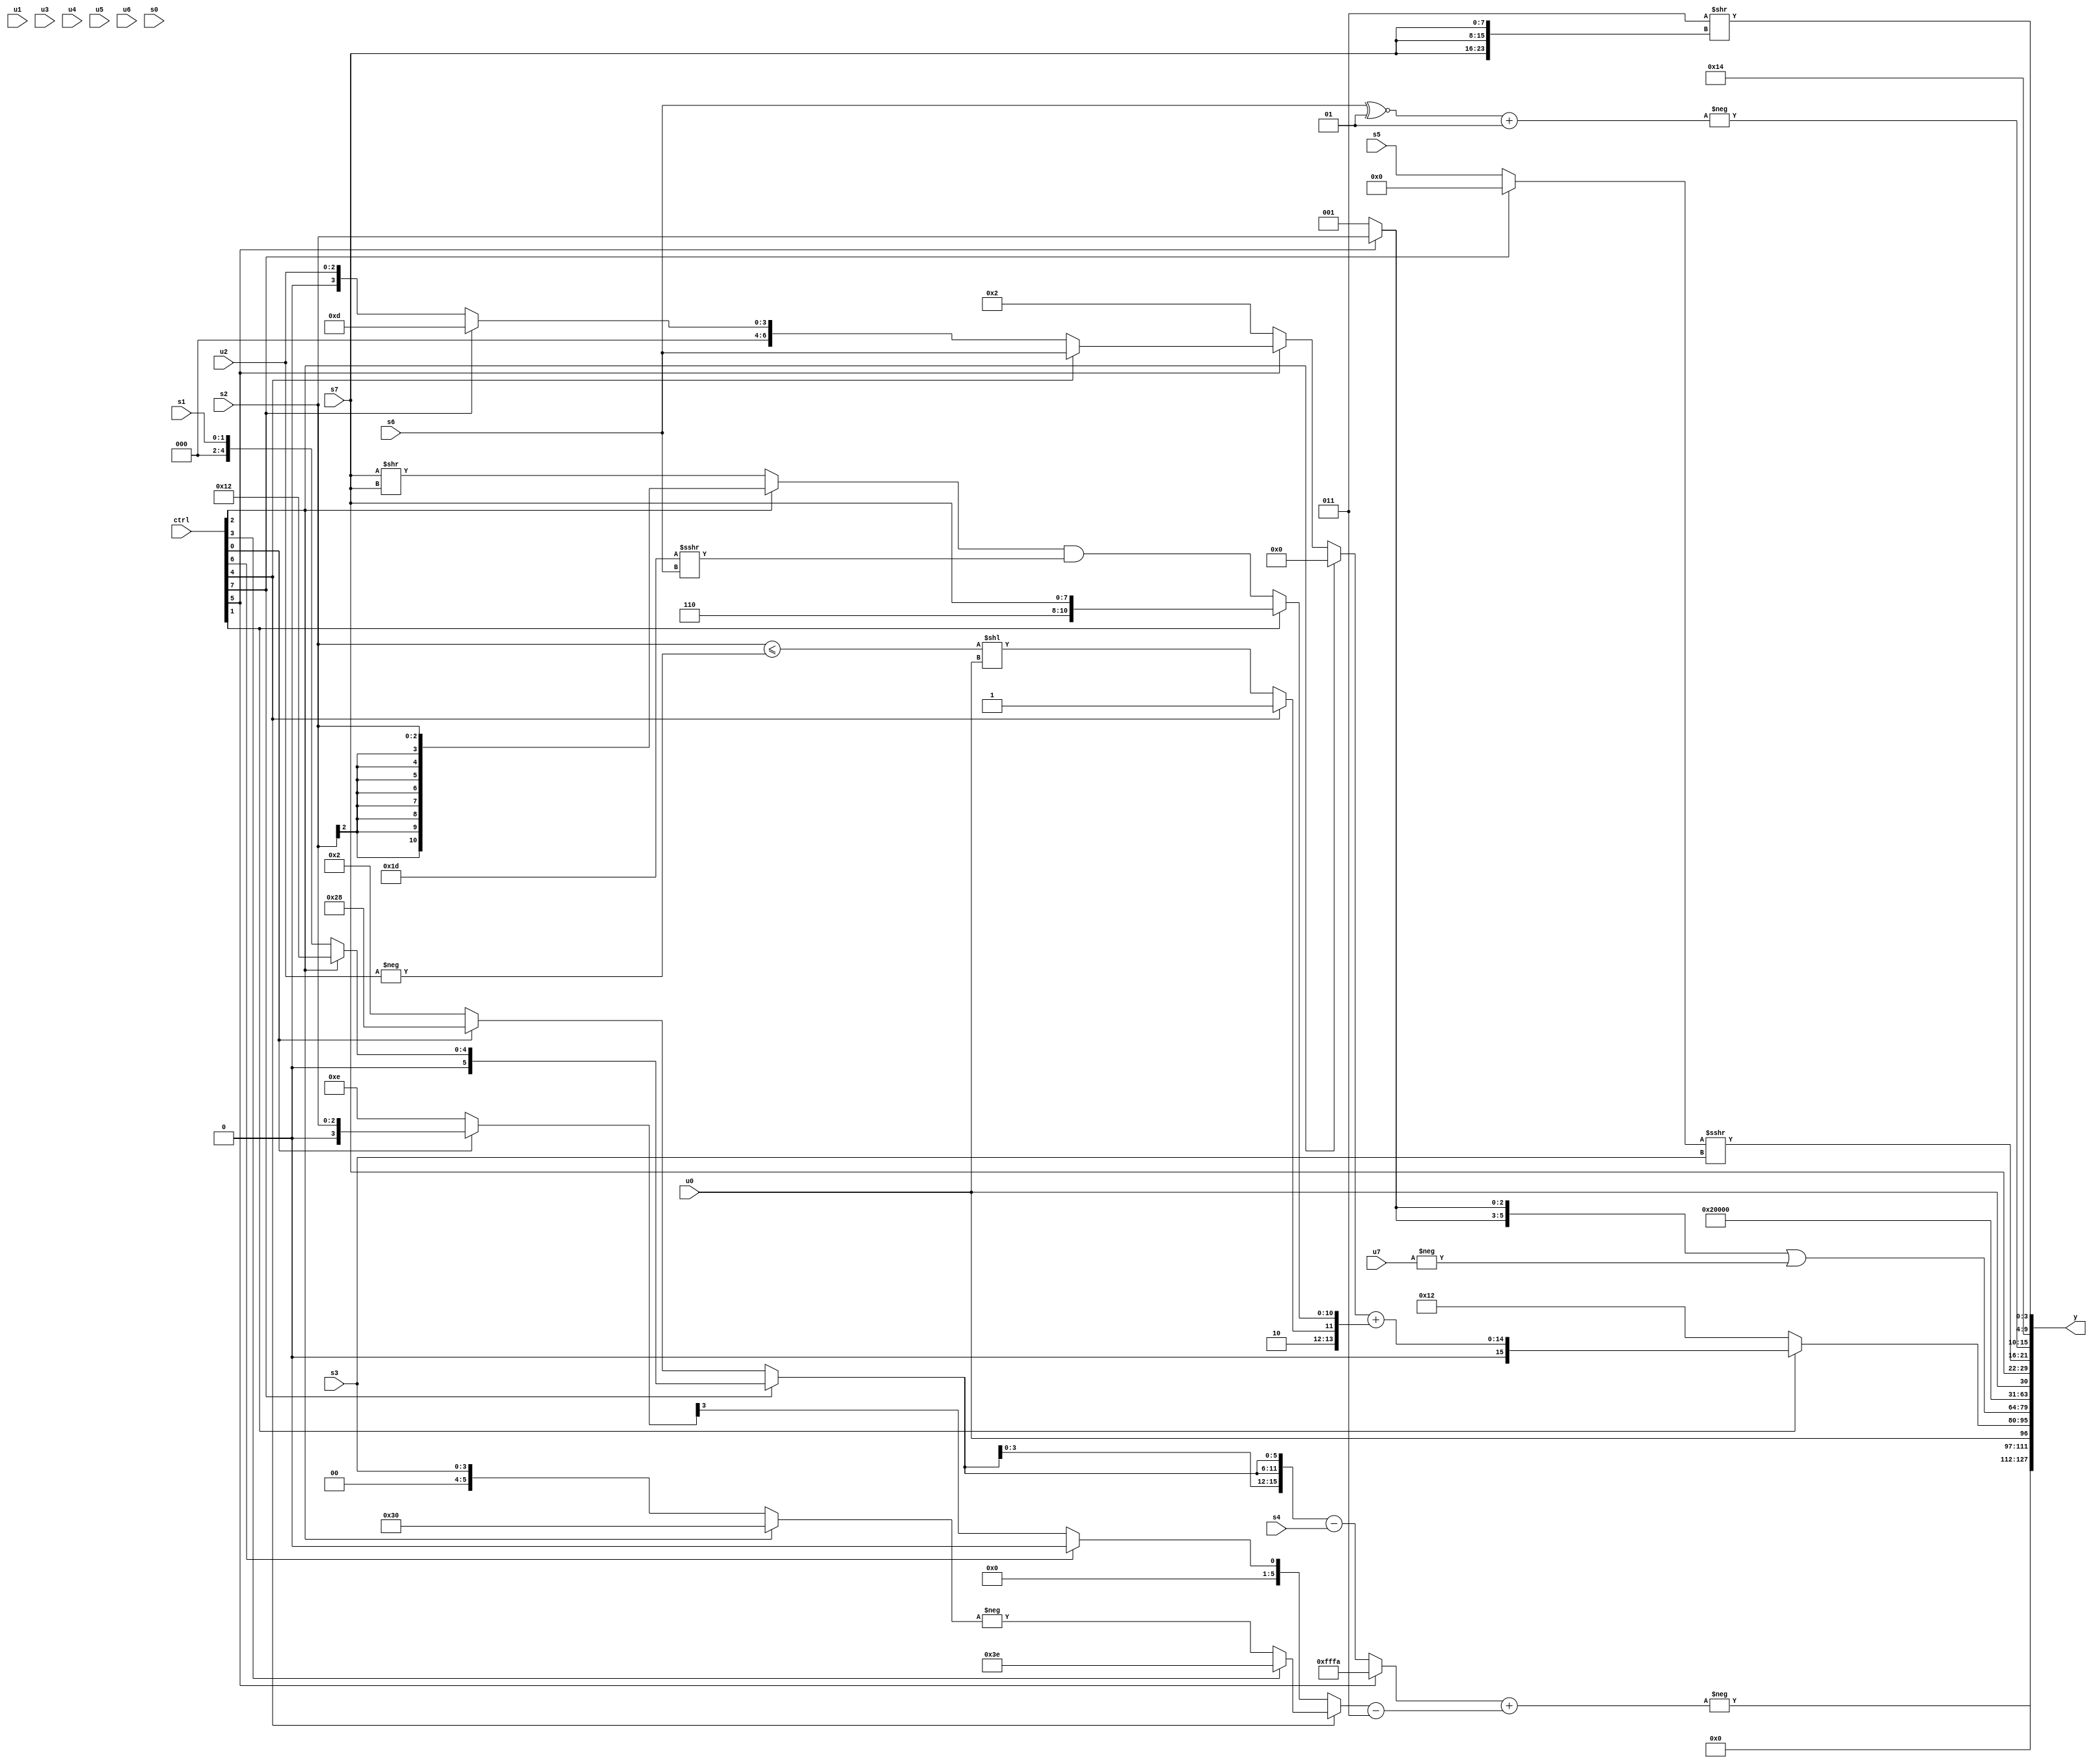
module wideexpr_00984(ctrl, u0, u1, u2, u3, u4, u5, u6, u7, s0, s1, s2, s3, s4, s5, s6, s7, y);
  input [7:0] ctrl;
  input [0:0] u0;
  input [1:0] u1;
  input [2:0] u2;
  input [3:0] u3;
  input [4:0] u4;
  input [5:0] u5;
  input [6:0] u6;
  input [7:0] u7;
  input signed [0:0] s0;
  input signed [1:0] s1;
  input signed [2:0] s2;
  input signed [3:0] s3;
  input signed [4:0] s4;
  input signed [5:0] s5;
  input signed [6:0] s6;
  input signed [7:0] s7;
  output [127:0] y;
  wire [15:0] y0;
  wire [15:0] y1;
  wire [15:0] y2;
  wire [15:0] y3;
  wire [15:0] y4;
  wire [15:0] y5;
  wire [15:0] y6;
  wire [15:0] y7;
  assign y = {y0,y1,y2,y3,y4,y5,y6,y7};
  assign y0 = $signed(-(((ctrl[5]?5'sb11010:($signed({4{(ctrl[7]?(ctrl[2]?5'sb10010:s1):(ctrl[0]?6'b101000:2'b10))}}))-(s4)))+(($signed((ctrl[4]?(ctrl[3]?(ctrl[4]?-(3'b010):-(s1)):-((ctrl[2]?6'sb110000:s3))):(ctrl[6]?(4'sb0100)<<<(3'sb100):((ctrl[0]?s2:4'sb1110))>>({1{2'b11}})))))-(3'sb011))));
  assign y1 = u0;
  assign y2 = (ctrl[1]?({(ctrl[2]?({$signed(3'b011),+(s0)})>>($signed(5'sb01111)):(ctrl[5]?(ctrl[4]?$signed(s6):(ctrl[7]?4'sb1101:u2)):4'b0010))})+({(ctrl[7]?(ctrl[0]?({3'b110,s0})>=((s3)+(6'sb111111)):((ctrl[7]?s4:s0))<<((s1)<<(s1))):(u3)>>(1'sb1)),$signed((4'sb0010)<<<(1'sb0)),(ctrl[4]?1'b1:(($signed(s2))<=(-(u2)))<<($signed(u0))),(ctrl[1]?$signed((ctrl[1]?{3'sb110,s7}:(s7)^~(u3))):((ctrl[2]?+(s2):(s7)>>(s7)))&($signed((6'b011101)>>>(s6))))}):$signed(-(6'sb101110)));
  assign y3 = (+({2{$signed((ctrl[5]?s2:3'sb001))}}))|(-(u7));
  assign y4 = ({1{(+(((s7)^(s1))>>>(6'sb001010)))>>($signed($signed(~^(u2))))}})!=({+(((ctrl[1]?(s5)|(2'sb10):(1'sb0)>>>(s0)))<<(s5)),$unsigned($unsigned($signed(3'sb110))),6'sb010011,(s0)<<<(s3)});
  assign y5 = ($signed(5'sb00100))&($signed(4'sb1000));
  assign y6 = {u0,s7,((ctrl[7]?1'sb0:s5))>>>($signed(s3))};
  assign y7 = {{3'sb101,((ctrl[1]?1'sb0:$signed((ctrl[0]?(-(1'b1))^(-(2'sb11)):2'sb00))))|(+(1'sb0))},+(-((-((ctrl[0]?3'sb101:((3'sb010)+(3'sb010))^(-(s5)))))>((s2)>>>(s2)))),(1'sb1)+(((-({4{+(4'sb0011)}}))&(+($signed($signed((s7)+(3'sb000))))))>>>(((ctrl[7]?2'sb10:$signed({(ctrl[4]?6'sb010000:5'sb10000),(u3)>>>(5'sb11110),s0})))>>>((+(s1))|($signed((ctrl[0]?(s4)>>(1'b1):5'b10010)))))),{(ctrl[7]?(ctrl[0]?(({$signed(5'sb00000),s3,(6'b000011)+(3'b110)})>>>(-(+(u4))))^~(s0):2'b00):(s4)>>(6'sb101001)),(6'b000011)==({(+((ctrl[2]?|(s0):(6'sb010010)>>(s1))))>>>(($signed($signed(s1)))<<<((ctrl[4]?{1{1'sb0}}:{4{s1}}))),-($signed(($signed(6'b101101))>>>((ctrl[4]?u1:5'sb01000)))),{(((6'sb000101)<<(5'sb11111))^(s4))>>>((^(2'sb11))>=((6'b110010)-(3'b001))),(ctrl[6]?6'b111010:(ctrl[0]?+(u3):(ctrl[7]?u5:4'b1110)))}}),{3{-(($signed(($signed(s6))^~((3'sb010)+(2'sb11))))+(2'sb01))}},$unsigned({$signed(6'sb010100),$signed($signed((4'sb0011)>>({3{s7}})))})}};
endmodule